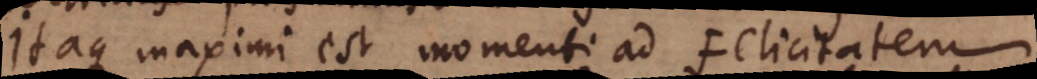
Itaque maximi est momenti ad Felicitatem.